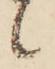
候